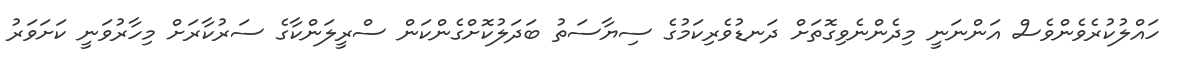
ހައްލުކުރެވެންވެސް އަންނަނީ މިދެންނެވިގޮތަށް ދަނޑުވެރިކަމުގެ ސިޔާސަތު ބަދަލުކޮށްގެންކަން ސްރީލަންކާގެ ސަރުކާރަށް މިހާރުވަނީ ކަށަވަރު